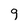
Character: 9